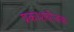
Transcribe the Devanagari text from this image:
प्रकाशयोजक